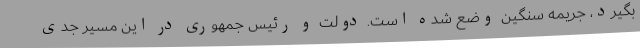
بگیرد، جریمه سنگین وضع شده است. دولت و رئیس جمهوری در این مسیر جدی